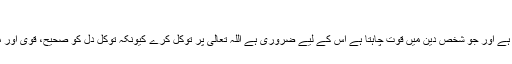
مجلس27 )
* عزت اللہ تعالیٰ سے ڈرنے میں ہے اور ذلت اس کی نافرمانی میں ہے اور جو شخص دین میں قوت چاہتا ہے اس کے لیے ضروری ہے اللہ تعالیٰ پر توکل کرے کیونکہ توکل دل کو صحیح، قوی اور مہذب بناتا ہے اور اس کو ہدایت بخشتا ہے اور عجائبات دکھاتا ہے ۔